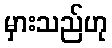
မှားသည်ဟု